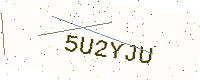
Text: 5U2YJU